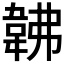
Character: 𩎛